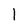
Character: 1